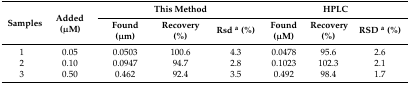
<table><thead><tr><td rowspan="2"><b>Samples</b></td><td rowspan="2"><b>Added (μM)</b></td><td colspan="3"><b>This Method</b></td><td colspan="3"><b>HPLC</b></td></tr><tr><td><b>Found (μm)</b></td><td><b>Recovery (%)</b></td><td><b>Rsd <sup>a</sup> (%)</b></td><td><b>Found (μM)</b></td><td><b>Recovery (%)</b></td><td><b>RSD <sup>a</sup> (%)</b></td></tr></thead><tbody><tr><td>1</td><td>0.05</td><td>0.0503</td><td>100.6</td><td>4.3</td><td>0.0478</td><td>95.6</td><td>2.6</td></tr><tr><td>2</td><td>0.10</td><td>0.0947</td><td>94.7</td><td>2.8</td><td>0.1023</td><td>102.3</td><td>2.1</td></tr><tr><td>3</td><td>0.50</td><td>0.462</td><td>92.4</td><td>3.5</td><td>0.492</td><td>98.4</td><td>1.7</td></tr></tbody></table>